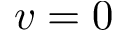
v = 0